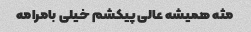
مثه همیشه عالی پیکشم خیلی بامرامه